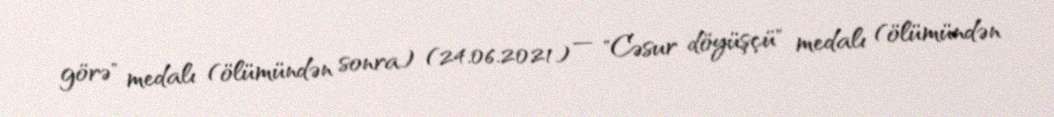
görə" medalı (ölümündən sonra) (24.06.2021) — "Cəsur döyüşçü" medalı (ölümündən